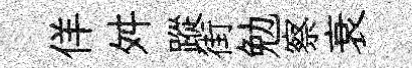
佯舛蹤街勉察衰